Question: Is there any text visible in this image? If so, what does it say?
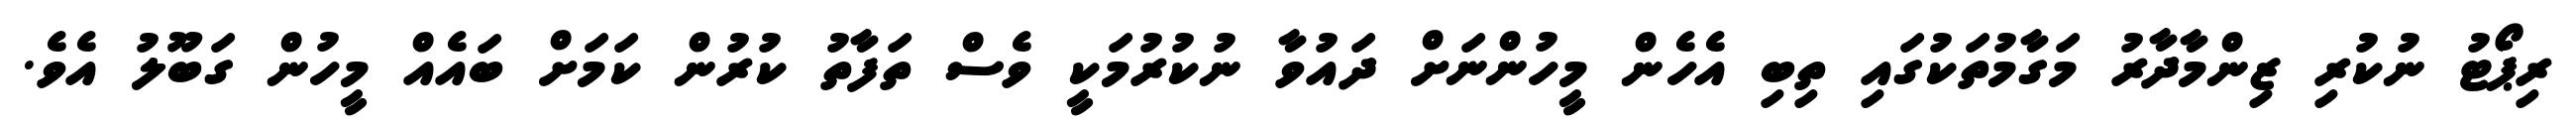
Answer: ރިޕޯޓު ނުކުރި ޒިންމާދާރު މަގާމުތަކުގައި ތިބި އެހެން މީހުންނަށް ދައުވާ ނުކުރުމަކީ ވެސް ތަފާތު ކުރުން ކަމަށް ބައެއް މީހުން ގަބޫލު އެވެ.